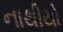
નાથીયો